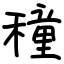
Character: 穜